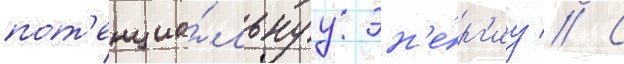
пот'енциа́льнуу эн'е́рг'иу // С